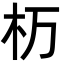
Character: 杤